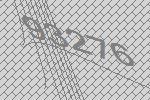
93276